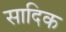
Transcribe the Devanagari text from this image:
सादिक